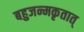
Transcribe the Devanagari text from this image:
बहुजन्मकृतात्